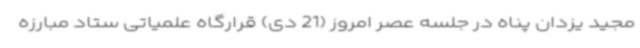
مجید یزدان پناه در جلسه عصر امروز (21 دی) قرارگاه علمیاتی ستاد مبارزه